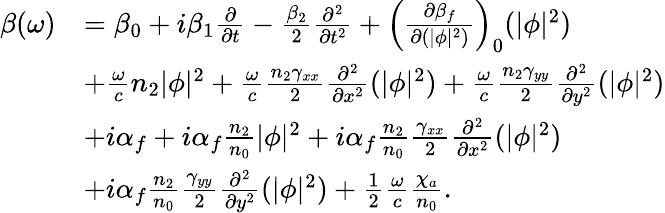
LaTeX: \begin{array}{rl}{\beta(\omega)}&{=\beta_{0}+i\beta_{1}\frac{\partial}{\partial t}-\frac{\beta_{2}}{2}\frac{\partial^{2}}{\partial t^{2}}+\left(\frac{\partial\beta_{f}}{\partial(|\phi|^{2})}\right)_{0}(|\phi|^{2})}\\ &{+\frac{\omega}{c}n_{2}|\phi|^{2}+\frac{\omega}{c}\frac{n_{2}\gamma_{xx}}{2}\frac{\partial^{2}}{\partial x^{2}}(|\phi|^{2})+\frac{\omega}{c}\frac{n_{2}\gamma_{yy}}{2}\frac{\partial^{2}}{\partial y^{2}}(|\phi|^{2})}\\ &{+i\alpha_{f}+i\alpha_{f}\frac{n_{2}}{n_{0}}|\phi|^{2}+i\alpha_{f}\frac{n_{2}}{n_{0}}\frac{\gamma_{xx}}{2}\frac{\partial^{2}}{\partial x^{2}}(|\phi|^{2})}\\ &{+i\alpha_{f}\frac{n_{2}}{n_{0}}\frac{\gamma_{yy}}{2}\frac{\partial^{2}}{\partial y^{2}}(|\phi|^{2})+\frac{1}{2}\frac{\omega}{c}\frac{\chi_{a}}{n_{0}}.}\end{array}